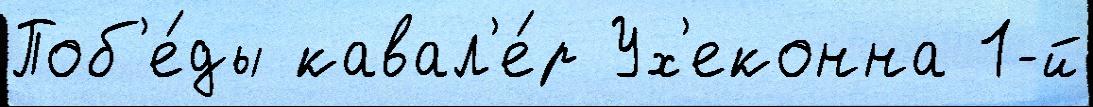
Поб'е́ды кавал'е́р Ух'еконна 1-й